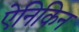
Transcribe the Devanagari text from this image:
ऐनिकिन